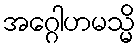
အဂ္ဂေါဟမသ္မိ